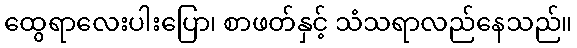
ထွေရာလေးပါးပြော၊ စာဖတ်နှင့် သံသရာလည်နေသည်။